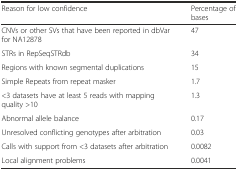
<table><thead><tr><td><b>Reason for low confidence</b></td><td><b>Percentage of bases</b></td></tr></thead><tbody><tr><td>CNVs or other SVs that have been reported in dbVar for NA12878</td><td>47</td></tr><tr><td>STRs in RepSeqSTRdb</td><td>34</td></tr><tr><td>Regions with known segmental duplications</td><td>15</td></tr><tr><td>Simple Repeats from repeat masker</td><td>1.7</td></tr><tr><td>&lt;3 datasets have at least 5 reads with mapping quality &gt;10</td><td>1.3</td></tr><tr><td>Abnormal allele balance</td><td>0.17</td></tr><tr><td>Unresolved conflicting genotypes after arbitration</td><td>0.03</td></tr><tr><td>Calls with support from &lt;3 datasets after arbitration</td><td>0.0082</td></tr><tr><td>Local alignment problems</td><td>0.0041</td></tr></tbody></table>